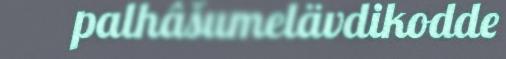
palhâšumelävdikodde